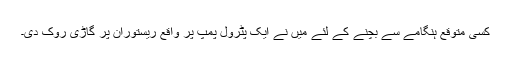
کسی متوقع ہنگامے سے بچنے کے لئے میں نے ایک پٹرول پمپ پر واقع ریستوران پر گاڑی روک دی۔